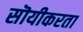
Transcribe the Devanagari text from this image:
सॊयीकरता